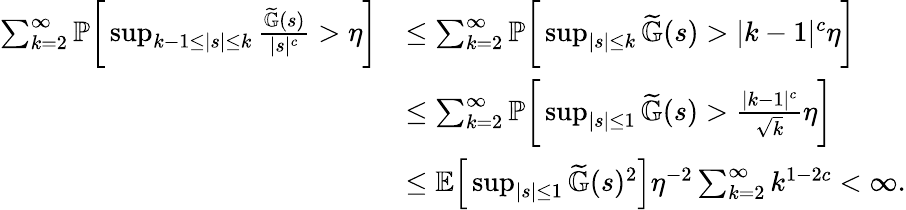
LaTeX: \begin{array}{rl}{\sum_{k=2}^{\infty}\mathbb{P}\bigg[\operatorname*{sup}_{k-1\leq|s|\leq k}\frac{\widetilde{\mathbb{G}}(s)}{|s|^{c}}>\eta\bigg]}&{\leq\sum_{k=2}^{\infty}\mathbb{P}\bigg[\operatorname*{sup}_{|s|\leq k}\widetilde{\mathbb{G}}(s)>|k-1|^{c}\eta\bigg]}\\ &{\leq\sum_{k=2}^{\infty}\mathbb{P}\bigg[\operatorname*{sup}_{|s|\leq 1}\widetilde{\mathbb{G}}(s)>\frac{|k-1|^{c}}{\sqrt{k}}\eta\bigg]}\\ &{\leq\mathbb{E}\Big[\operatorname*{sup}_{|s|\leq 1}\widetilde{\mathbb{G}}(s)^{2}\Big]\eta^{-2}\sum_{k=2}^{\infty}k^{1-2c}<\infty.}\end{array}